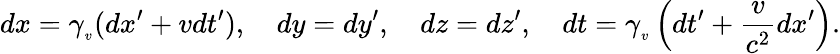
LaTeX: dx=\gamma_{_{v}}(dx^{\prime}+vdt^{\prime}),\quad dy=dy^{\prime},\quad dz=dz^{\prime},\quad dt=\gamma_{_{v}}\left(dt^{\prime}+{\frac{v}{c^{2}}}dx^{\prime}\right).